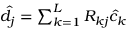
\begin{array} { r } { \hat { d } _ { j } = \sum _ { k = 1 } ^ { L } R _ { k j } \hat { c } _ { k } } \end{array}